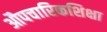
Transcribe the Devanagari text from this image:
औपचारिकशिक्षा